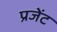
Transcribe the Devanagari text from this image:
प्रजेंट